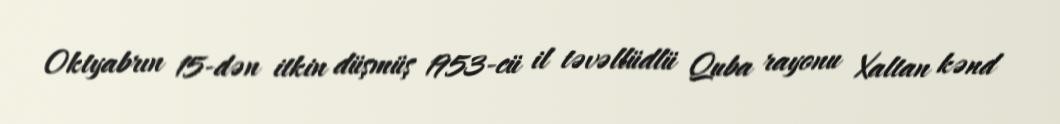
Oktyabrın 15-dən itkin düşmüş 1953-cü il təvəllüdlü Quba rayonu Xaltan kənd